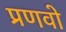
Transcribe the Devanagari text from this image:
प्रणवो